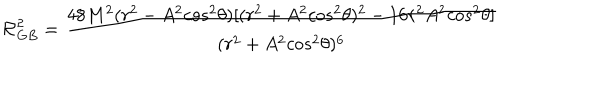
LaTeX: { \cal { R } } _ { G B } ^ { 2 } = { \frac { 4 8 M ^ { 2 } ( r ^ { 2 } - A ^ { 2 } { c o s } ^ { 2 } \theta ) [ ( r ^ { 2 } + A ^ { 2 } { c o s } ^ { 2 } \theta ) ^ { 2 } - 1 6 r ^ { 2 } A ^ { 2 } { c o s } ^ { 2 } \theta ] } { ( r ^ { 2 } + A ^ { 2 } { c o s } ^ { 2 } \theta ) ^ { 6 } } } \,